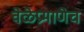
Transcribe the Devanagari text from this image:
वेळेप्रमाणेच